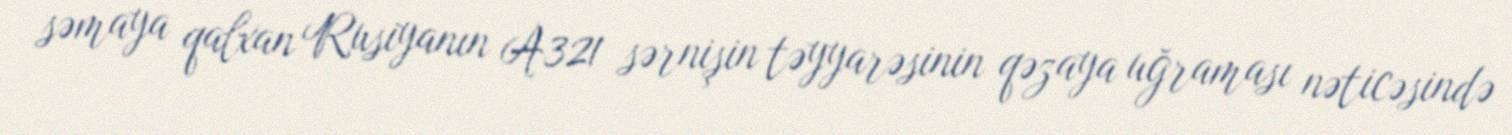
səmaya qalxan Rusiyanın A321 sərnişin təyyarəsinin qəzaya uğraması nəticəsində